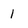
Character: 1